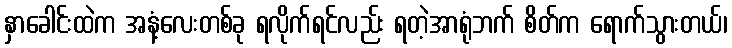
နှာခေါင်းထဲက အနံ့လေးတစ်ခု ရလိုက်ရင်လည်း ရတဲ့အာရုံဘက် စိတ်က ရောက်သွားတယ်၊